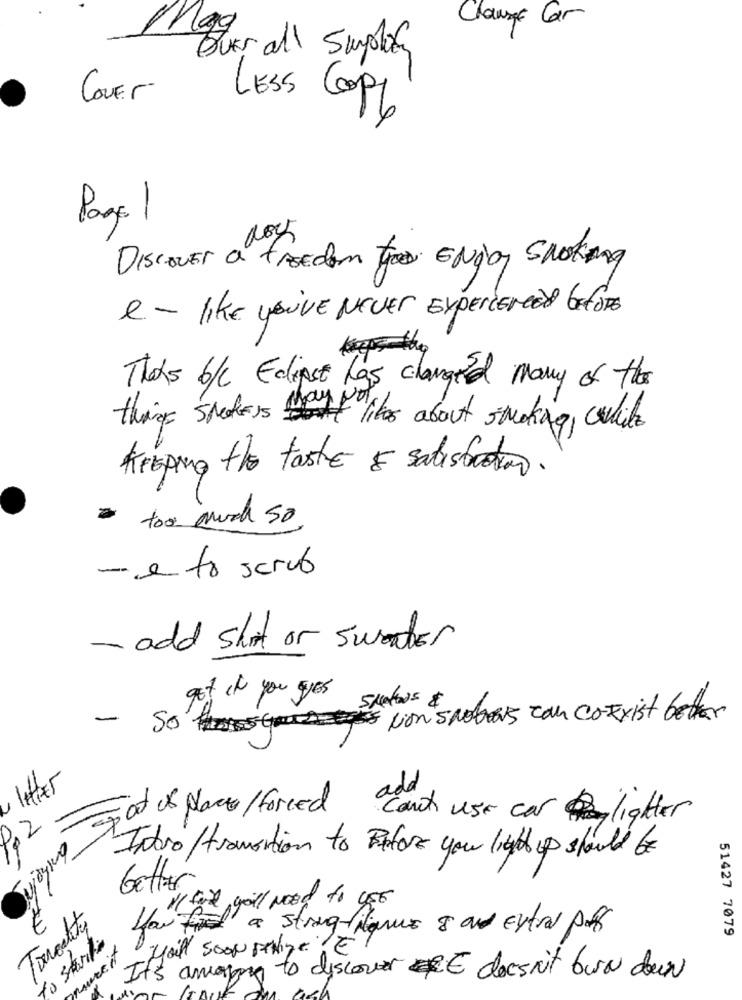
Clause Car
Mag
Buss all Suplies
Cover
LESS COPL
Page 1
Discover a FREEdom tree ENjoy SNORIng
e- like you've NEVER EXPERIENCED BEFORE
Thets b/c Edipit has changed many of the
thing sneakers likes about smoking, while
Keeping the taste E satisfaction.
- too much so
- e to servo
- add shirt or sweater
got if you gyes
- So cion snobras con CoExist better
letter
Pp 2
That is place/ forced cart use car lighter
Intro / tromotion to Before your light up should be
better
11 tie go'll Need to USE
Torechts
you Find a string-filique 8 and Extras por
to strike
51427 7079
nsureit
Mail SOON SANIYE É
It's amaging to discover E doesn't burn down